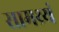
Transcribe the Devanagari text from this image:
सामथ्र्यं